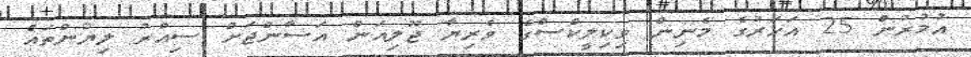
އުމުރުން 25 އަހަރުގެ މެނިން ވިކިލީކްސްގެ ވެރިޔާ ޖޫލިއަން އަސާންޖަށް ސިއްރު ލިޔުންތައް